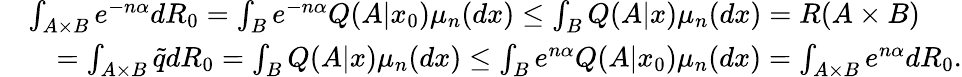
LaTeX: \begin{array}{rl}&{\int_{A\times B}e^{-n\alpha}dR_{0}=\int_{B}e^{-n\alpha}Q(A|x_{0})\mu_{n}(dx)\le\int_{B}Q(A|x)\mu_{n}(dx)=R(A\times B)}\\ &{\quad=\int_{A\times B}\tilde{q}dR_{0}=\int_{B}Q(A|x)\mu_{n}(dx)\le\int_{B}e^{n\alpha}Q(A|x_{0})\mu_{n}(dx)=\int_{A\times B}e^{n\alpha}dR_{0}.}\end{array}